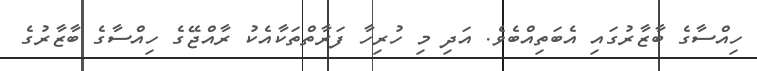
ހިއްސާގެ ބާޒާރުގައި އެބަތިއްބެވެ. އަދި މި ހުރިހާ ފަރާތްތަކާއެކު ރާއްޖޭގެ ހިއްސާގެ ބާޒާރުގެ